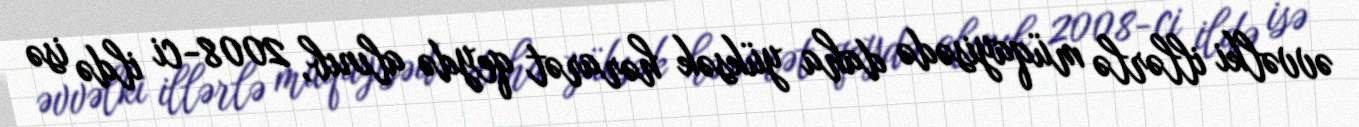
əvvəlki illərlə müqayisədə daha yüksək hərarət qeydə alınıb, 2008-ci ildə isə